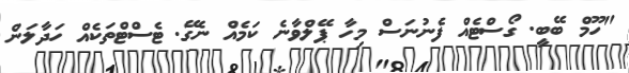
"ހޫމް ބޭބީ. ގޯސްޓެއް ފެނުނަސް މިހާ ޕޭލްވާނެ ކަމެއް ނެގޭ. ޓެސްޓްތަކެއް ހަދާލަން